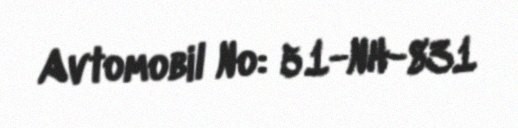
Avtomobil №: 51-NH-831